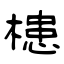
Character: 槵